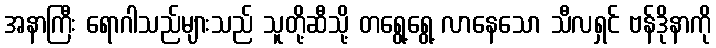
အနာကြီး ရောဂါသည်များသည် သူတို့ဆီသို့ တရွေ့ရွေ့ လာနေသော သီလရှင် ဗန်ဒိုနာကို